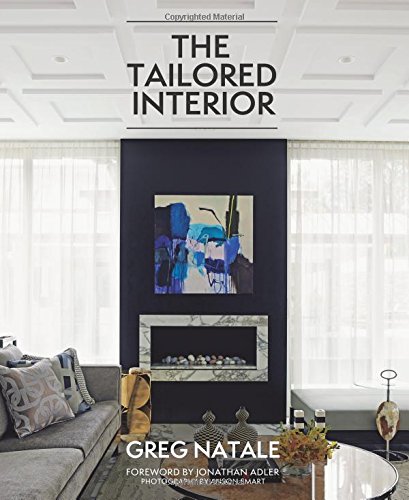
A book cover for The Tailored Interior; Greg Natale; Arts & Photography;